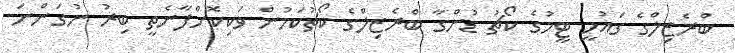
ބްރެޒިލްގެ ގައުމީ ޓީމުގެ ކޯޗު ޑުންގާ ބްރެޒިލްގެ ކޯޗުކަމުން ވަކިކޮށްފާނެތީ ބިރު ނުގަންނަ